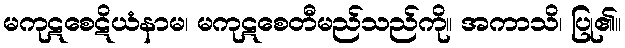
မကုဋစေဋိယံနာမ၊ မကုဋစေတီမည်သည်ကို။ အကာသိ၊ ပြု၏။